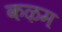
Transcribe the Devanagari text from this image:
कऴम